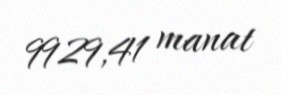
9929,41 manat